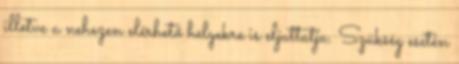
illetve a nehezen elérhető helyekre is eljuttatja. Szükség esetén